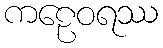
ကဠေဝရဿ